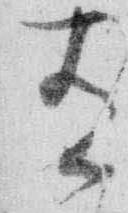
有